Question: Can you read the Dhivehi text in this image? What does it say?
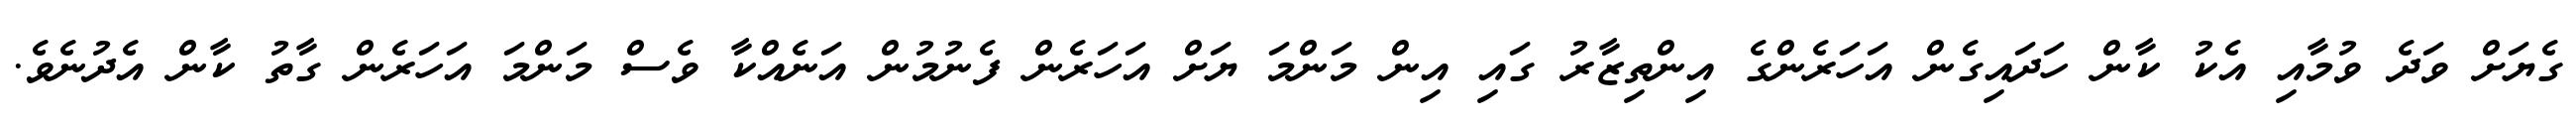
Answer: ގެޔަށް ވަދެ ވުމާއި އެކު ކާން ހަދައިގެން އަހަރެންގެ އިންތިޒާރު ގައި އިން މަންމަ ޔަށް އަހަރެން ފެނުމުން އަނެއްކާ ވެސް މަންމަ އަހަރެން ގާތު ކާން އެދުނެވެ.